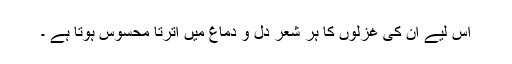
اس لیے ان کی غزلوں کا ہر شعر دل و دماغ میں اترتا محسوس ہوتا ہے ۔